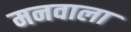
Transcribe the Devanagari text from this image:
मनवाला